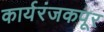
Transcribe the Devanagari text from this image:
कार्यरंजकपूर